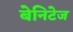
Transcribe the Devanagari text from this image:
बेनिटेज